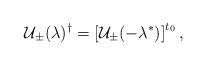
LaTeX: \begin{align*}\mathcal{U}_{\pm }(\lambda )^{\dagger }=\left[ \mathcal{U}_{\pm }(-\lambda^{\ast })\right] ^{t_{0}}, \end{align*}